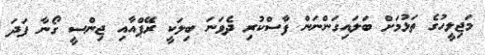
މަޖިލީހުގެ ތަޅުމަށް ބަލައިގަންނަން ފާސްކުރި ދެވަނަ ބިލަކީ ރޭޕްއާއި ޖިންސީ ގޯނާ ފަދަ